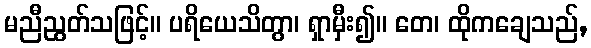
မညီညွတ်သဖြင့်။ ပရိယေသိတွာ၊ ရှာမှီး၍။ တေ၊ ထိုကချေသည်,